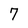
Character: 7